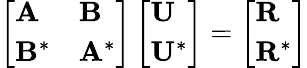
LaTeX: \left[\begin{array}{ll}{\mathbf{A}}&{\mathbf{B}}\\ {\mathbf{B}^{*}}&{\mathbf{A}^{*}}\end{array}\right]\left[\begin{array}{l}{\mathbf{U}}\\ {\mathbf{U}^{*}}\end{array}\right]=\left[\begin{array}{l}{\mathbf{R}}\\ {\mathbf{R}^{*}}\end{array}\right]